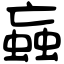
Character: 蝱